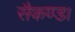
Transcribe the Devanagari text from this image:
सैकण्ड।